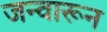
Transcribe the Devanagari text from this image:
जन्वारून